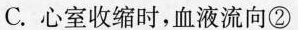
C.心室收缩时，血液流向②